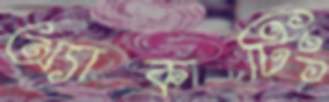
অ্যাকটিং